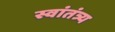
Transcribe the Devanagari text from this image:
स्वांतंत्र्य